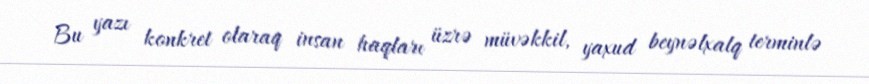
Bu yazı konkret olaraq insan haqları üzrə müvəkkil, yaxud beynəlxalq terminlə